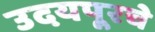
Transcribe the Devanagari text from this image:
उदयपूरचे